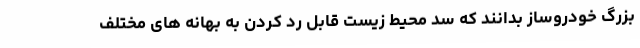
بزرگ خودروساز بدانند که سد محیط زیست قابل رد کردن به بهانه های مختلف